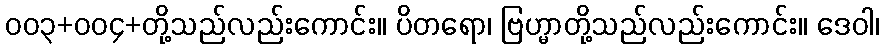
၀၀၃+၀၀၄+တို့သည်လည်းကောင်း။ ပိတရော၊ ဗြဟ္မာတို့သည်လည်းကောင်း။ ဒေဝါ၊